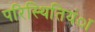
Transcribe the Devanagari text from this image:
परिस्थितियंा